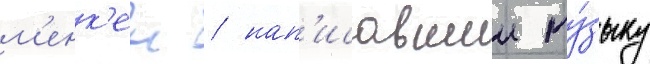
м'енк'ен / нап'исавшии му́зыку